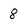
Character: 8